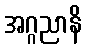
အဂ္ဂညာနိ